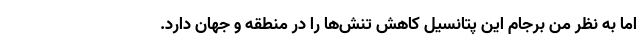
اما به نظر من برجام این پتانسیل کاهش تنش‌ها را در منطقه و جهان دارد.